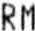
RM